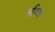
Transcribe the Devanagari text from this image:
भीष्ण